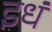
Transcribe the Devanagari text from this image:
इधं